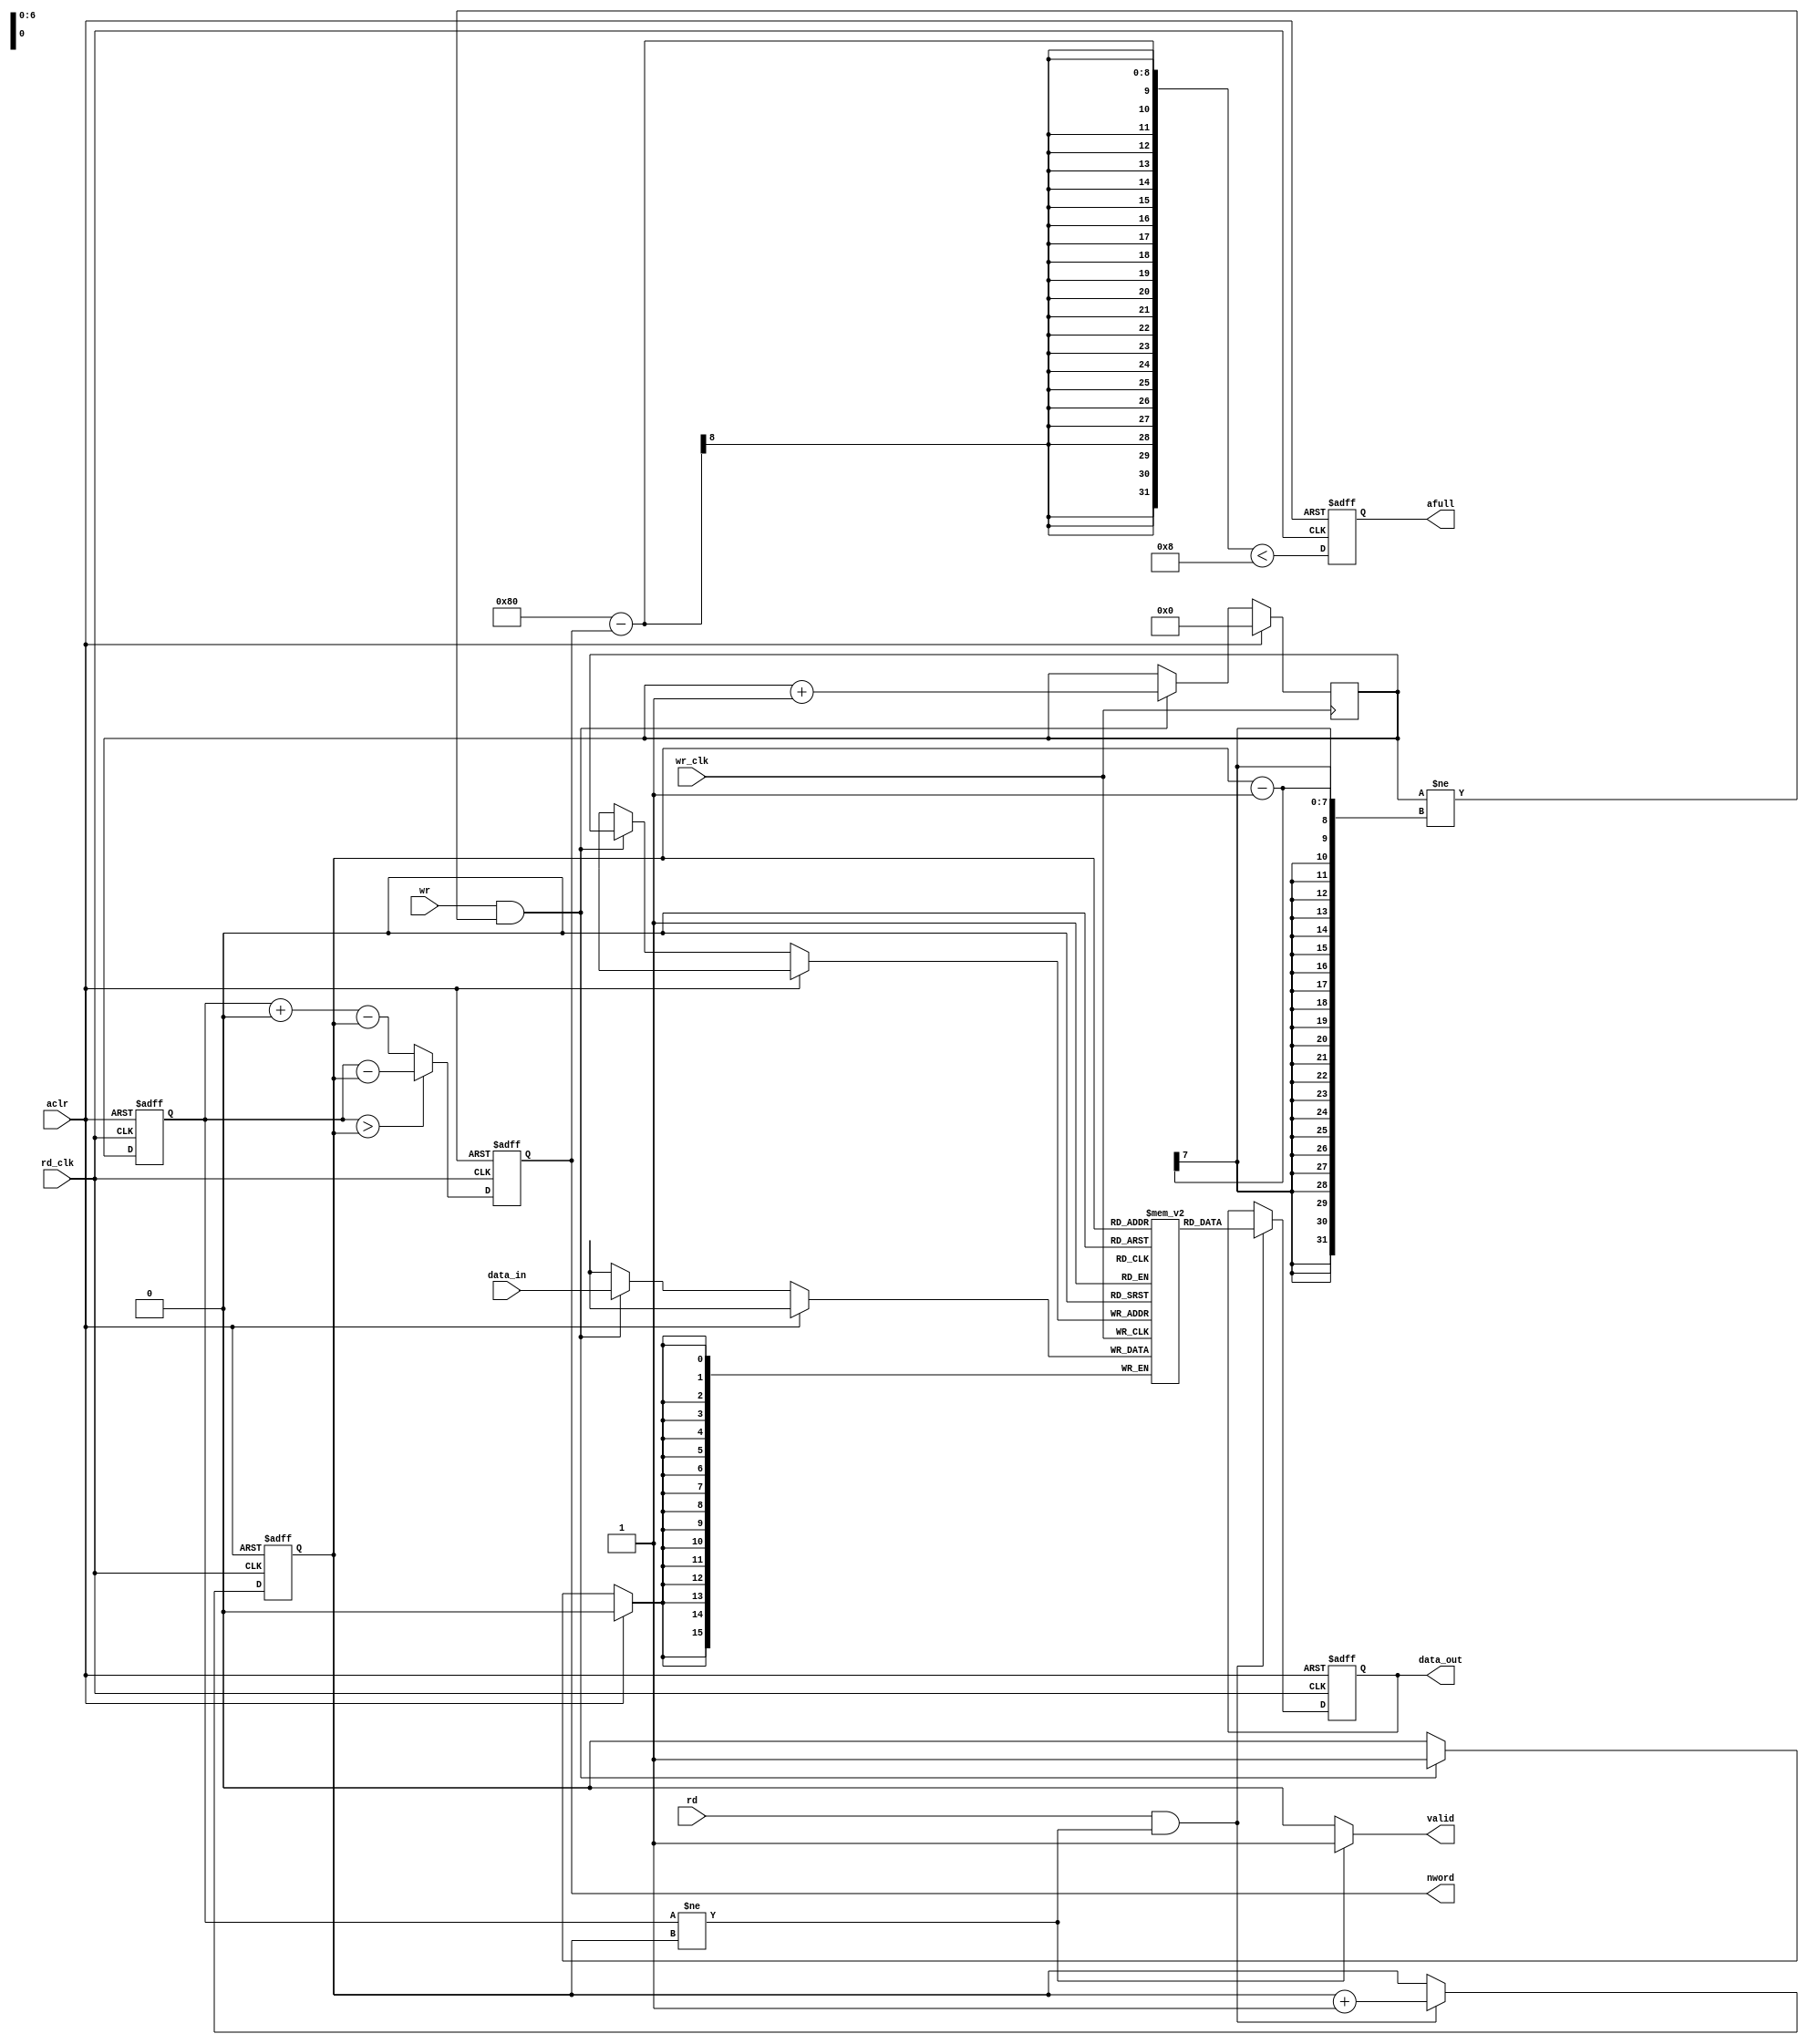
//--------------------------------------------------------------------------------------------------
// Design    : bitstream_p
// Author(s) : qiu bin, shi tian qi
// Copyright (C) 2013 qiu bin 
// All rights reserved                
//-------------------------------------------------------------------------------------------------


module dc_fifo
(
	aclr,

	wr_clk,
	wr,
	data_in,
	afull,
		
	rd_clk,
	rd,
	data_out,
	nword,
	valid
);
parameter addr_bits = 7;
parameter data_bits = 16;
input  aclr;
input  wr_clk;
input  wr;
input  [data_bits-1:0] data_in;
output afull;

input  rd_clk;
input  rd;
output [data_bits-1:0] data_out;
output [addr_bits-1:0] nword;
output valid;

reg [data_bits-1:0] data_out;

reg [addr_bits-1:0] wr_addr;
reg [data_bits-1:0] wr_data[0: (1 << addr_bits) - 1];

reg [addr_bits-1:0] rd_addr;
reg [addr_bits-1:0] wr_addr_s;
reg [addr_bits-1:0] nword;
reg afull;
reg valid;


always @(posedge wr_clk)
if (aclr) 
	wr_addr <= 0;
else if (wr && (wr_addr != rd_addr - 1)) begin
	wr_addr <= wr_addr + 1;
	wr_data[wr_addr] <= data_in;
end

always @(posedge rd_clk or posedge aclr)
if (aclr)
	wr_addr_s <= 0;
else 
	wr_addr_s <= wr_addr;

always @(posedge rd_clk or posedge aclr)
if (aclr)
	nword <= 0;
else 
	nword <= wr_addr_s > rd_addr ? wr_addr_s - rd_addr : wr_addr_s + (1 << addr_bits)- rd_addr ;

always @(posedge rd_clk or posedge aclr)
if (aclr) begin
	rd_addr <= 0;
	data_out <= 0;
end
else if (rd && wr_addr_s != rd_addr) begin
	rd_addr <= rd_addr + 1;
	data_out <= wr_data[rd_addr];
end

always @(*)
if (wr_addr_s != rd_addr)
	valid <= 1;
else
	valid <= 0;
	
always @(posedge rd_clk or posedge aclr)
if (aclr) begin
	afull = 0;
end
else begin
	afull = (1 << addr_bits) - nword < 8;
end

//synopsys translate_off
always @(posedge wr_clk)
if (wr && (wr_addr == rd_addr - 1))
	$display("%t : %m, write while fifo is full", $time);

always @(posedge rd_clk)
if (rd && wr_addr_s == rd_addr)
	$display("%t : %m, read while fifo is empty", $time);

always @(posedge rd_clk)
if (rd && wr)
	$display("%t : %m, read during write", $time);
//synopsys translate_on

endmodule